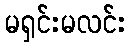
မရှင်းမလင်း